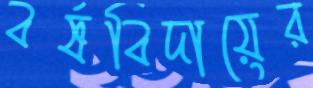
বর্ষবিদায়ের